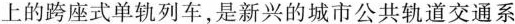
上的跨座式单轨列车,是新兴的城市公共轨道交通系